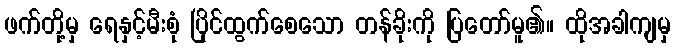
ဖက်တို့မှ ရေနှင့်မီးစုံ ပြိုင်ထွက်စေသော တန်ခိုးကို ပြတော်မူ၏။ ထိုအခါကျမှ